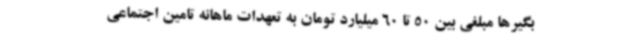
بگیرها مبلغی بین 50 تا 60 میلیارد تومان به تعهدات ماهانه تامین اجتماعی